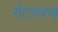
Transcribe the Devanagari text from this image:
गेटवरच